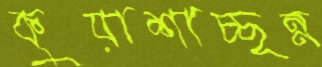
কুয়াশাচ্ছন্ন